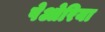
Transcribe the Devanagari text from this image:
पेओरिया